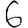
Digit: 6